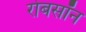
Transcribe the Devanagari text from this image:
रोबसॉन